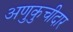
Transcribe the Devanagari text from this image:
अणुकुचीदार